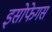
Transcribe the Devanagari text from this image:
इसोफेगस